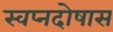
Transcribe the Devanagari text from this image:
स्वप्नदोषास